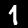
Label: 1